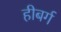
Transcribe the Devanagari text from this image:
हीबर्ग